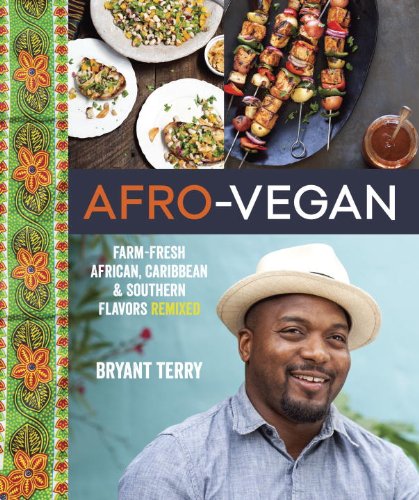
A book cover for Afro-Vegan: Farm-Fresh African, Caribbean, and Southern Flavors Remixed; Bryant Terry; Cookbooks, Food & Wine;